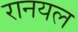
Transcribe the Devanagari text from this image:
रानयल